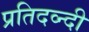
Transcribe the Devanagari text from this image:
प्रतिदव्न्दी